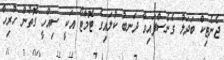
ޖެނެޓިކް ބަދަލު ގެނެސްފައިވާ ދަނބު ކުލައިގެ ޓޮމާޓޯ އަކީ ސިއްހީ ގޮތުން ހުރިހާ